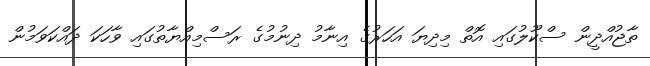
ތާޖުއްދީން ސްކޫލުގައި އޮތް މިދިޔަ އަހަރުގެ އިނާމު ދިނުމުގެ ރަސްމިއްޔާތުގައި ވާހަކަ ދައްކަވަމުން